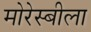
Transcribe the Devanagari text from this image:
मोरेस्बीला